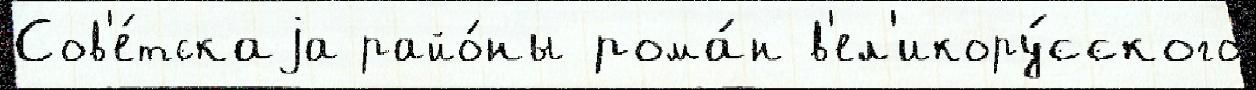
Сов'е́тскаjа райо́ны рома́н в'ел'икору́сского